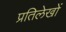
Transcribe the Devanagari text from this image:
प्रतिलेखों